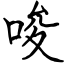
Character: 唆